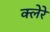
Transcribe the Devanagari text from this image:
क्लेरे